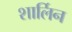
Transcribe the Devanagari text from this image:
शार्लिन